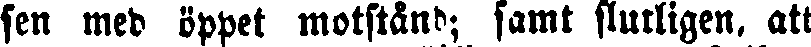
sen med öppet motstånd; samt slutligen, att